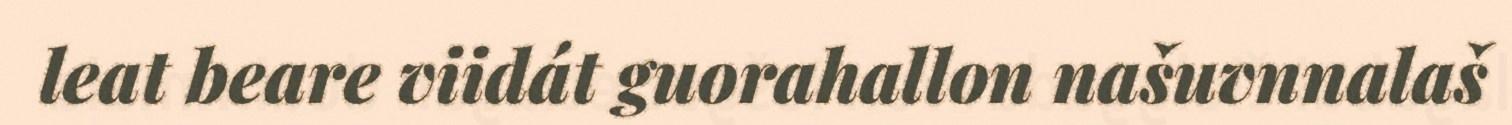
leat beare viidát guorahallon našuvnnalaš